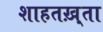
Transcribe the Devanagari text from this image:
शाहतख़्ता